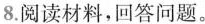
8. 阅读材料，回答问题。